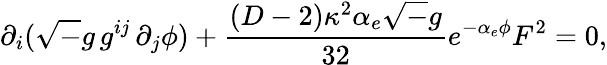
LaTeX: \partial_{i}({\sqrt-g}\, g^{ij}\, \partial_{j}\phi)+{\frac{(D-2)\kappa^{2}\alpha_{e}{\sqrt-g}}{32}}e^{-\alpha_{e}\phi}F^{2}=0,